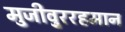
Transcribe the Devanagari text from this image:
मुजीवु्ररहमान